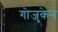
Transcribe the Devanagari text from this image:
गोजुकेन